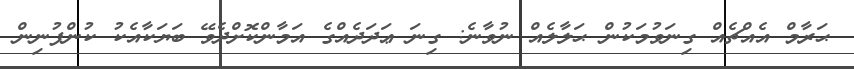
ޙަރާމް އެއްޗެއް ގިނަވުމަކުން ޙަލާލެއް ނުވާނެ: ގިނަ ޢަދަދެއްގެ އަމާންކޮށްދެވޭ ބަޔަކާއެކު ކުންފުނިން